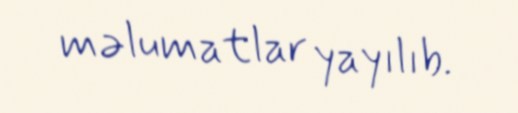
məlumatlar yayılıb.